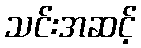
သင်းအဆင့်